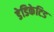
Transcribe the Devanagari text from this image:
डेडिकेटिड